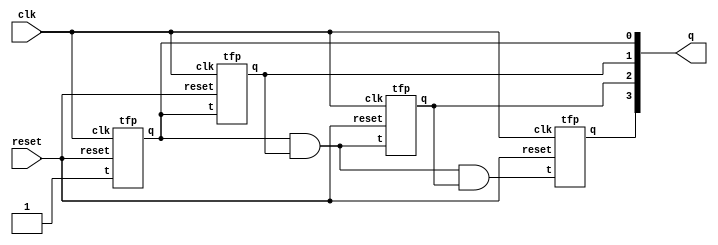
/*Build a 4-bit binary counter that counts from 0 through 15, inclusive, with a period of 16. The reset input is synchronous, and should reset the counter to 0.*/
module top_module (
    input clk,
    input reset,      // Synchronous active-high reset
    output [3:0] q);
    supply1 vdd;
    tfp one(vdd,clk,reset,q[0]);
    tfp two(q[0],clk,reset,q[1]);
    tfp three(q[0]&q[1],clk,reset,q[2]);
    tfp four(q[0]&q[1]&q[2],clk,reset,q[3]);
endmodule
module tfp(input t,clk,reset,output reg q);
    reg qn=1'b0;
    always@(posedge clk)
        begin
            if(!reset)
                begin
                if(t==1)
                qn=~qn;
                end
            else
                begin
                qn=1'b0;
                end
             q=qn;
        end
endmodule